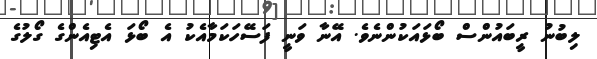
ލިބުނު ރީބައުންސް ބޯޅައަކުންނެވެ. އޭނާ ވަނީ ފަސޭހަކަމާއެކު އެ ބޯޅަ އެޓިއެންގެ ގޯލުގެ